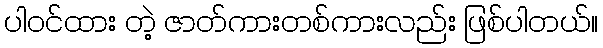
ပါဝင်ထား တဲ့ ဇာတ်ကားတစ်ကားလည်း ဖြစ်ပါတယ်။